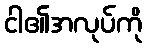
ငါ၏အလုပ်ကို